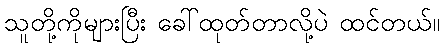
သူတို့ကိုများပြီး ခေါ်ထုတ်တာလို့ပဲ ထင်တယ်။